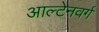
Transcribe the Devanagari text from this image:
आल्टेनवर्ग